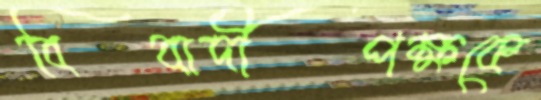
বিবাদীপক্ষকে